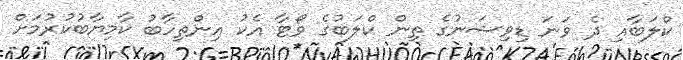
ކްލަބާއި ދެ ވަނަ ޑިވިޝަނުގެ ތިން ކްލަބުގެ ވޯޓާ އެކު އިންތިހާބު ކާމިޔާބުކުރުމަށް